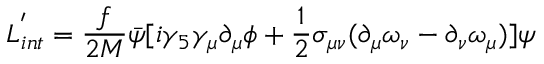
{ \cal L } _ { i n t } ^ { ' } = \frac { f } { 2 M } \bar { \psi } [ i \gamma _ { 5 } \gamma _ { \mu } \partial _ { \mu } \phi + \frac { 1 } { 2 } \sigma _ { \mu \nu } ( \partial _ { \mu } \omega _ { \nu } - \partial _ { \nu } \omega _ { \mu } ) ] \psi